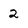
Character: 2